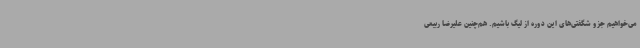
می‌خواهیم جزو شگفتی‌های این دوره از لیگ باشیم. هم‌چنین علیرضا ربیعی